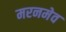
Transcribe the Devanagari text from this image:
मरनमेव